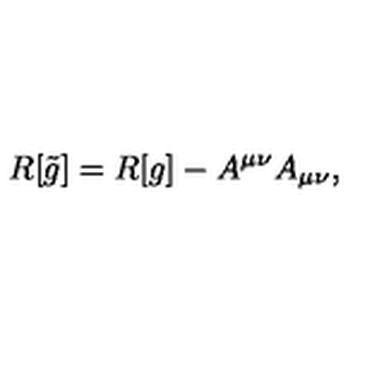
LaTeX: R [ \tilde { g } ] = R [ g ] - A ^ { \mu \nu } A _ { \mu \nu } ,